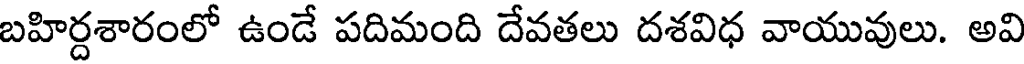
బహిర్దశారంలో ఉండే పదిమంది దేవతలు దశవిధ వాయువులు. అవి